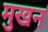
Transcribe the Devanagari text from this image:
मुखन